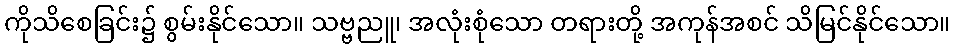
ကိုသိစေခြင်း၌ စွမ်းနိုင်သော။ သဗ္ဗညူ၊ အလုံးစုံသော တရားတို့ အကုန်အစင် သိမြင်နိုင်သော။